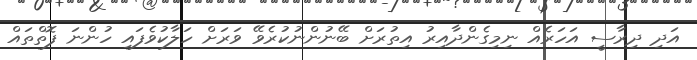
އަދި ދިރާސީ އަހަރެއް ނިމިގެންދާއިރު އިތުރަށް ބޭނުންނުކުރެވޭ ވަރަށް ހަލާކުވެފައި ހުންނަ ފޮތްތައް